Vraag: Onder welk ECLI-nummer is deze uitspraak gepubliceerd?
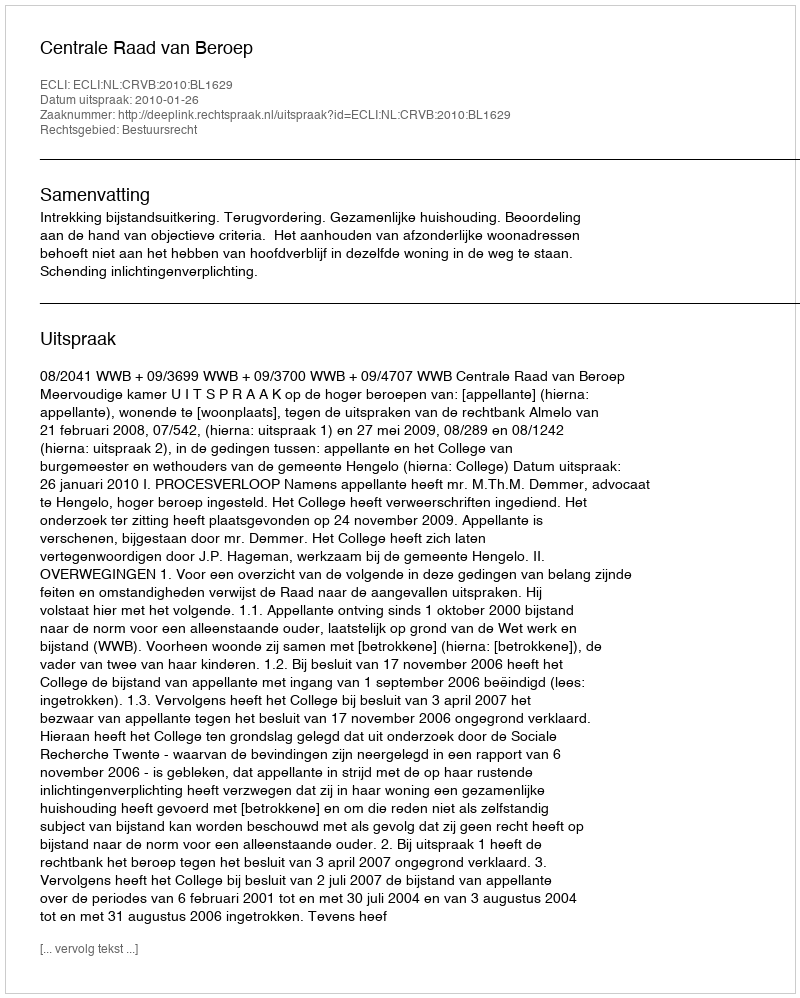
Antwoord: ECLI:NL:CRVB:2010:BL1629